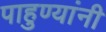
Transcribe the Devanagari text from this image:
पाहुण्यांनी